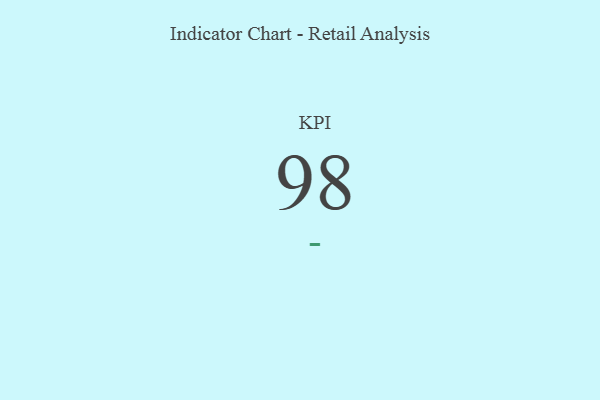
{"axis": {"x": "KPI", "y": "Value"}, "legend": [""], "data": [{"x": "KPI", "y": 98, "type": ""}]}